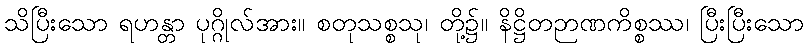
သိပြီးသော ရဟန္တာ ပုဂ္ဂိုလ်အား။ စတုသစ္စသု၊ တို့၌။ နိဋ္ဌိတဉာဏကိစ္စဿ၊ ပြီးပြီးသော